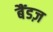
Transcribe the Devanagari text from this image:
बैंडज़